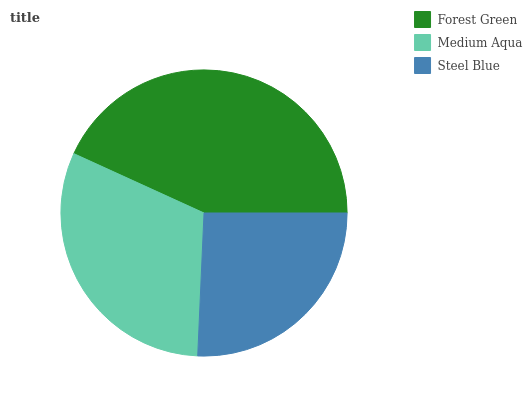
| Forest Green | Medium Aqua | Steel Blue |
 | --- | --- | --- |
 | 43.2% | 31.1% | 25.7% |